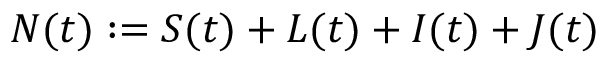
N ( t ) : = S ( t ) + L ( t ) + I ( t ) + J ( t )